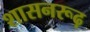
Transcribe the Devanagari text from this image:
शासनरूढ़